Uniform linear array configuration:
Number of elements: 8
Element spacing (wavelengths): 0.75
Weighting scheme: blackman
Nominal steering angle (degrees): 60
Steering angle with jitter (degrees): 59.939
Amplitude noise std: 0.05
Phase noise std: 0.05

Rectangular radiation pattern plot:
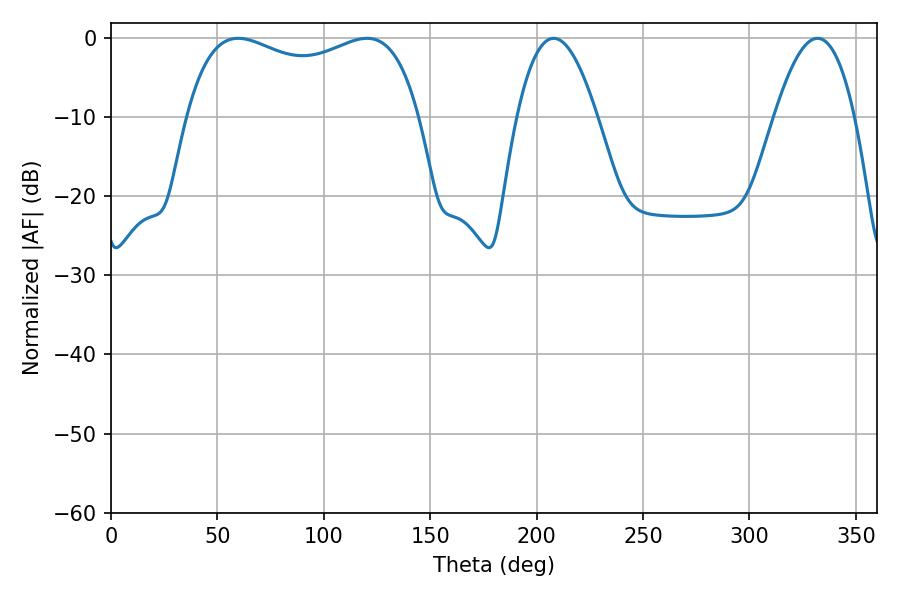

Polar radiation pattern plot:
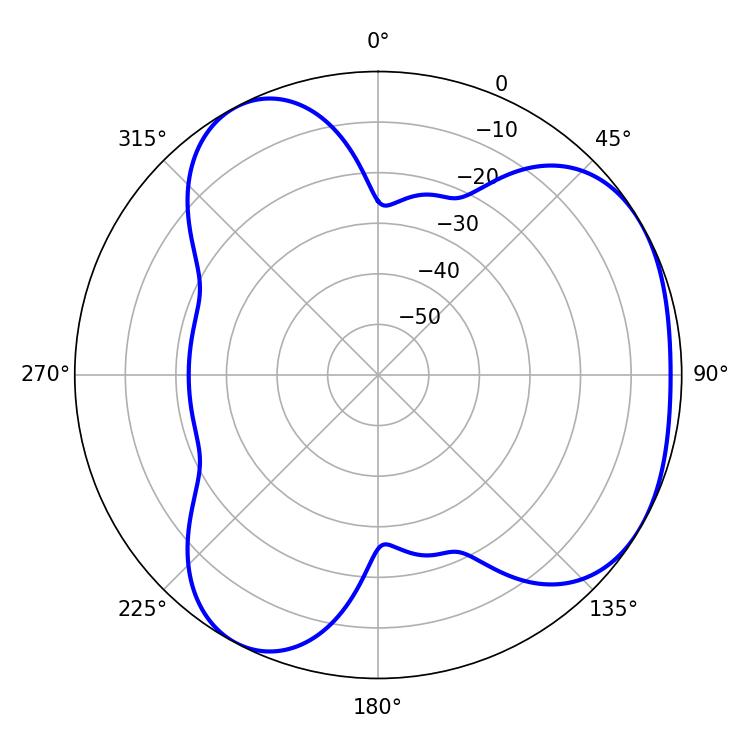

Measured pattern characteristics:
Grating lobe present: TRUE
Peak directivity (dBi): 3.942
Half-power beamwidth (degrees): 90
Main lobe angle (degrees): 59.76